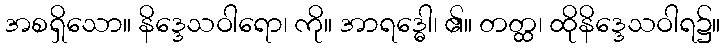
အစရှိသော။ နိဒ္ဒေသဝါရော၊ ကို။ အာရဒ္ဓေါ၊ ၏။ တတ္ထ၊ ထိုနိဒ္ဒေသဝါရ၌။